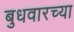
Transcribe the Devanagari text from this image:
बुधवारच्या